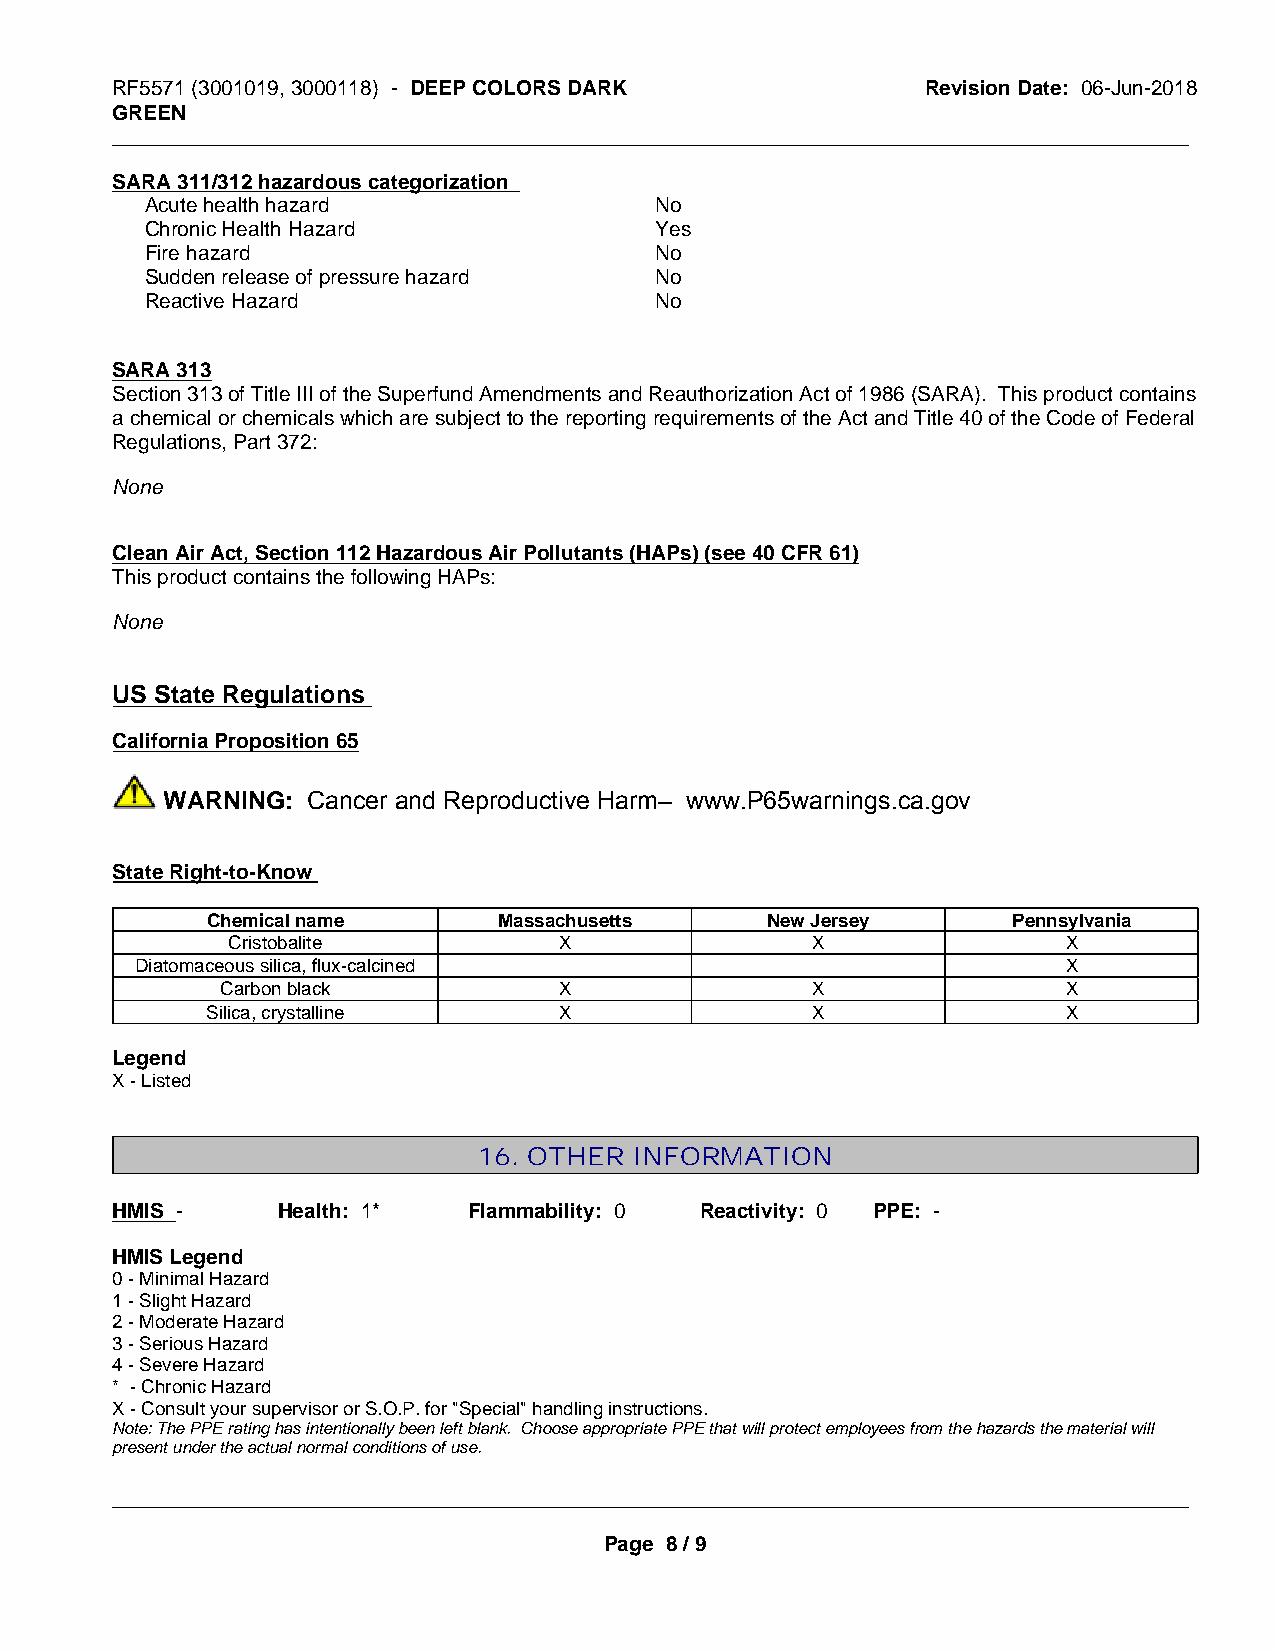
RF5571 (3001019, 3000118) - DEEP COLORS DARK          Revision Date: 06-Jun-2018
 GREEN
 _____________________________________________________________________________________________
 SARA 311/312 hazardous categorization
 Acute health hazard              No
 Chronic Health Hazard            Yes
 Fire hazard                      No
 Sudden release of pressure hazard No
 Reactive Hazard                  No
 SARA 313
 Section 313 of Title III of the Superfund Amendments and Reauthorization Act of 1986 (SARA). This product contains
 a chemical or chemicals which are subject to the reporting requirements of the Act and Title 40 of the Code of Federal
 Regulations, Part 372:
 None
 Clean Air Act, Section 112 Hazardous Air Pollutants (HAPs) (see 40 CFR 61)
 This product contains the following HAPs:
 None
 US State Regulations
 California Proposition 65
 WARNING: Cancer and Reproductive Harm– www.P65warnings.ca.gov
 State Right-to-Know
 Chemical name      Massachusetts     New Jersey      Pennsylvania
 Cristobalite          X                X                X
 Diatomaceous silica, flux-calcined                            X
 Carbon black          X                X                X
 Silica, crystalline    X                X                X
 Legend
 X - Listed
 16. OTHER INFORMATION
 HMIS -     Health: 1*   Flammability: 0 Reactivity: 0 PPE: -
 HMIS Legend
 0 - Minimal Hazard
 1 - Slight Hazard
 2 - Moderate Hazard
 3 - Serious Hazard
 4 - Severe Hazard
 * - Chronic Hazard
 X - Consult your supervisor or S.O.P. for "Special" handling instructions.
 Note: The PPE rating has intentionally been left blank. Choose appropriate PPE that will protect employees from the hazards the material will
 present under the actual normal conditions of use.
 _____________________________________________________________________________________________
 Page 8 / 9